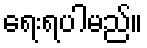
ရေးရပါမည်။